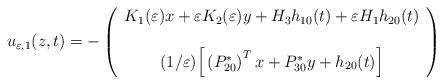
LaTeX: \begin{align*}u_{\varepsilon, 1}(z,t) =-\left(\begin{array}{c}K_{1}(\varepsilon)x+\varepsilon K_{2}(\varepsilon)y +H_{3}h_{10}(t)+\varepsilon H_{1}h_{2 0}(t) \\\\(1/\varepsilon)\Big[ \left( P_{20}^{*}\right)^{T}x+P_{30}^{*}y+h_{2 0}(t)\Big]\end{array}\right) \end{align*}